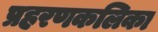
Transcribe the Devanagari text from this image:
प्रहरणकलिका